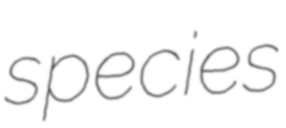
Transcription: species